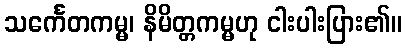
သင်္ကေတကမ္မ၊ နိမိတ္တကမ္မဟု ငါးပါးပြား၏။